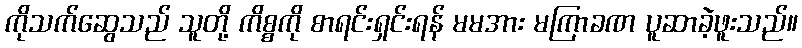
ကိုသက်ဆွေသည် သူတို့ ကိစ္စကို စာရင်းရှင်းရန် မမအား မကြာခဏ ပူဆာခဲ့ဖူးသည်။